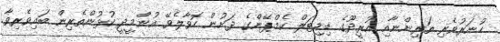
ހުނަރުވެރި ތަރިންނާއި އުރީދޫގެ ޑިޖިޓަލް ކެމްޕޭންގެ ދަށުން ހޮވާލެވޭ އުންމީދީ ކުޅުންތެރިން ބައިވެރިވާ